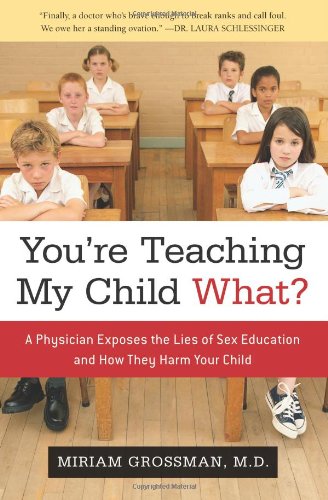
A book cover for You're Teaching My Child What?: A Physician Exposes the Lies of Sex Ed and How They Harm Your Child; Miriam Grossman M.D.; Parenting & Relationships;